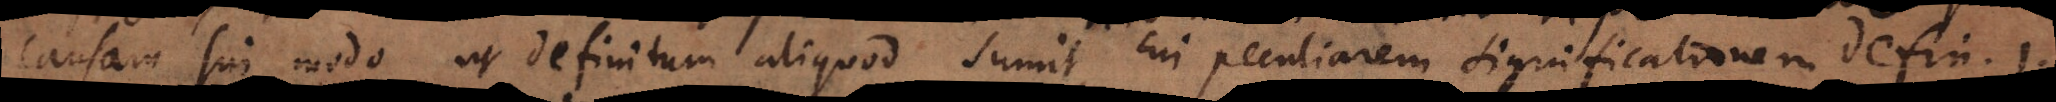
causam sui modo ut definitum aliquod sumit, cui peculiarem significationem defin. 1.